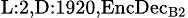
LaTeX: _{\textrm{L}:2,\textrm{D}:1920,\textrm{EncDec}_{\textrm{B}2}}